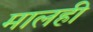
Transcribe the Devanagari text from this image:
मालही